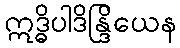
ဣဒ္ဓိပါဒိန္ဒြိယေန